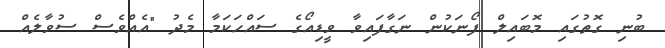
ބުނި ގޮތުގައި މޮބައިލް ފޯނަކުން ނަގާފައިވާ ވީޑިއޯގެ ސައްހަކަމާ މެދު "އެއްވެސް ސުވާލެއް